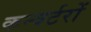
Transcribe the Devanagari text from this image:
कन्वर्टरों